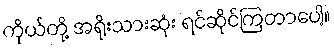
ကိုယ်တို့ အရိုးသားဆုံး ရင်ဆိုင်ကြတာပေါ့။